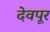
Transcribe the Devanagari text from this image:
देवपूर